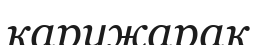
қаружарақ